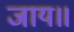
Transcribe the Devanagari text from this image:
जाय॥